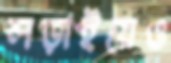
লড়াইয়েও